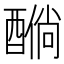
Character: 𲆸